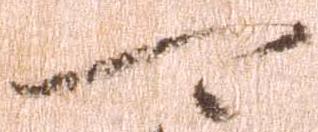
可